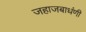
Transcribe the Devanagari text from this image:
जहाजबाधंणी